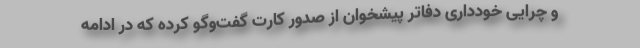
و چرایی خودداری دفاتر پیشخوان از صدور کارت گفت‌وگو کرده که در ادامه